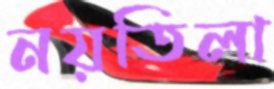
নয়তিলা